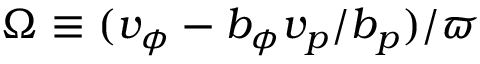
\Omega \equiv ( v _ { \phi } - b _ { \phi } v _ { p } / b _ { p } ) / \varpi